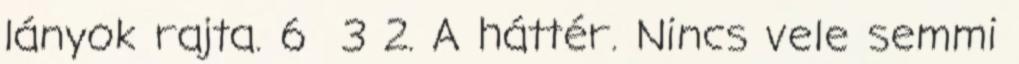
lányok rajta. 6 3 2. A háttér. Nincs vele semmi